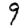
Digit: 9